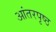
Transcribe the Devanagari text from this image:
आंतरपृष्ठ